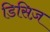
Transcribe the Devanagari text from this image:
डिसिज़